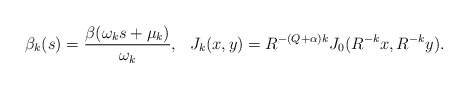
\begin{align*} \begin{aligned} \beta_k(s)=\frac{\beta(\omega_ks+\mu_k)}{\omega_k}, ~~J_k(x,y)=R^{-(Q+\alpha)k}J_0(R^{-k}x,R^{-k}y). \end{aligned} \end{align*}